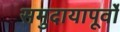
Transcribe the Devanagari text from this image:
समुदायापूर्वों